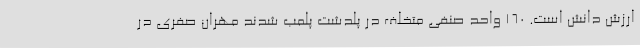
ارزش دانش است. 160 واحد صنفی متخلف در پلدشت پلمب شدند مهران صفری در